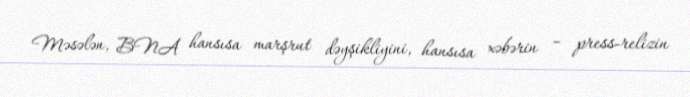
Məsələn, BNA hansısa marşrut dəyşikliyini, hansısa xəbərin – press-relizin